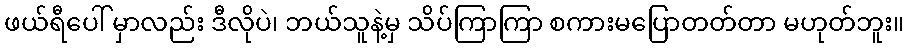
ဖယ်ရီပေါ် မှာလည်း ဒီလိုပဲ၊ ဘယ်သူနဲ့မှ သိပ်ကြာကြာ စကားမပြောတတ်တာ မဟုတ်ဘူး။